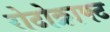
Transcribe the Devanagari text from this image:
रोटोक्राफ्ट